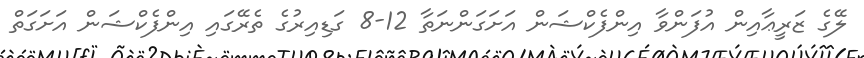
ލޭގެ ޒަރީޢާއިން އުފަންވާ އިންފެކްޝަން އަށަގަންނަތާ 12-8 ގަޑިއިރުގެ ތެރޭގައި އިންފެކްޝަން އަށަގަތް